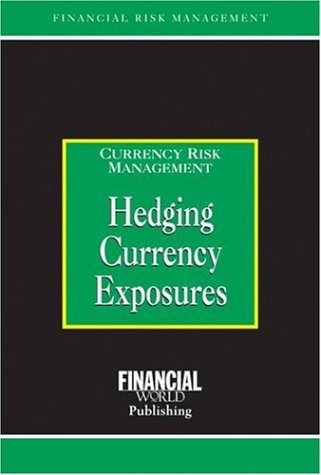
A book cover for Hedging Currency Exposures: Currency Risk Management (Risk Management Series); Business & Money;